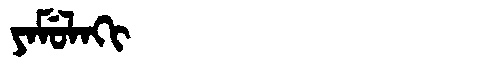
Manchu: ᠶᠠᠮᡠᠯᠠᡴᡳ
Romanization: YAMULAKI